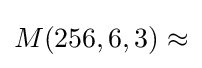
M(256,6,3)\approx